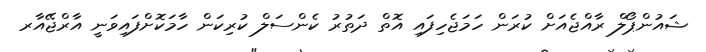
ޝައުންޕޯލް ރާއްޖެއަށް ކުރަން ހަމަޖެހިފައި އޮތް ދަތުރު ކެންސަލް ކުރިކަން ހާމަކޮށްފައިވަނީ އާރްޖޭއާރ